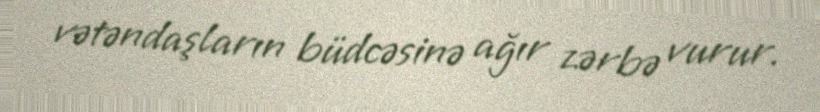
vətəndaşların büdcəsinə ağır zərbə vurur.